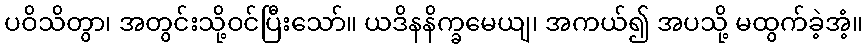
ပဝိသိတွာ၊ အတွင်းသို့ဝင်ပြီးသော်။ ယဒိနနိက္ခမေယျ၊ အကယ်၍ အပသို့ မထွက်ခဲ့အံ့။